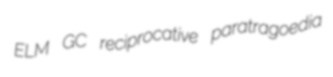
ELM GC reciprocative paratragoedia